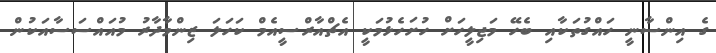
ގެ އިންސާނީ ހައްގުތަކާއި ބެހޭ މަޖިލީހަށް ހުށަހެޅުމަކީ އެޗްއާރްސީއެމް ކަހަލަަ ޒިންމާދާރު މުއައްސަސާއަކުން